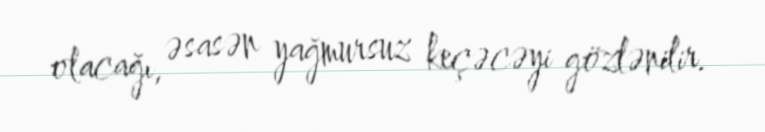
olacağı, əsasən yağmursuz keçəcəyi gözlənilir.